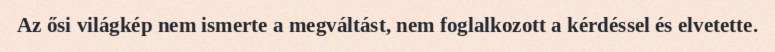
Az ősi világkép nem ismerte a megváltást, nem foglalkozott a kérdéssel és elvetette.